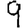
Digit: 9